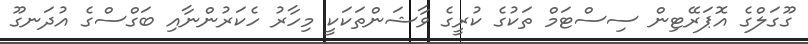
ގޫގަލްގެ އޮޕަރޭޓިން ސިސްޓަމް ތަކުގެ ކުރީގެ ވާޝަންތަކަކީ މިހާރު ހެކަރުންނާއި ބަގްސްގެ އުދަނގޫ